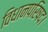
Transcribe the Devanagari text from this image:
विधानपरिषद।